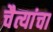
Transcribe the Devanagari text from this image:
चैत्यांचा